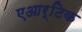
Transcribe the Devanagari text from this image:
एआर्टिक